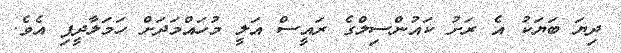
ދިޔަ ބަޔަކު އެ ރަށު ކައުންސިލްގެ ރައީސް އަލީ މުހައްމަދަށް ހަމަލާދީފި އެެވެ.